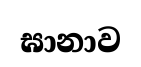
ඝානාව